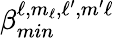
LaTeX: \beta_{min}^{\ell,m_{\ell},\ell^{\prime},m^{\prime}\ell}